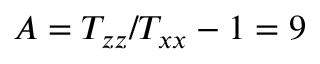
A = T _ { z z } / T _ { x x } - 1 = 9